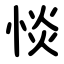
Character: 惔